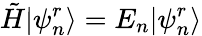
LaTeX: \tilde{H}|\psi_{n}^{r}\rangle=E_{n}|\psi_{n}^{r}\rangle